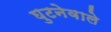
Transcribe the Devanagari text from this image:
घुटनेवाले